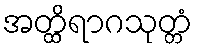
အတ္ထိရာဂသုတ္တံ